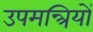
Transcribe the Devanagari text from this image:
उपमन्त्रियों